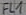
Text: FL1